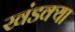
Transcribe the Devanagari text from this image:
खंडक्या